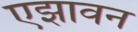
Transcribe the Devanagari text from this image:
एझावन